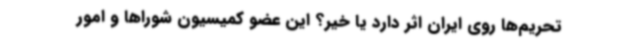
تحریم‌ها روی ایران اثر دارد یا خیر؟ این عضو کمیسیون شوراها و امور